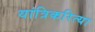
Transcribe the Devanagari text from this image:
यांत्रिकरित्या